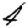
Digit: 4